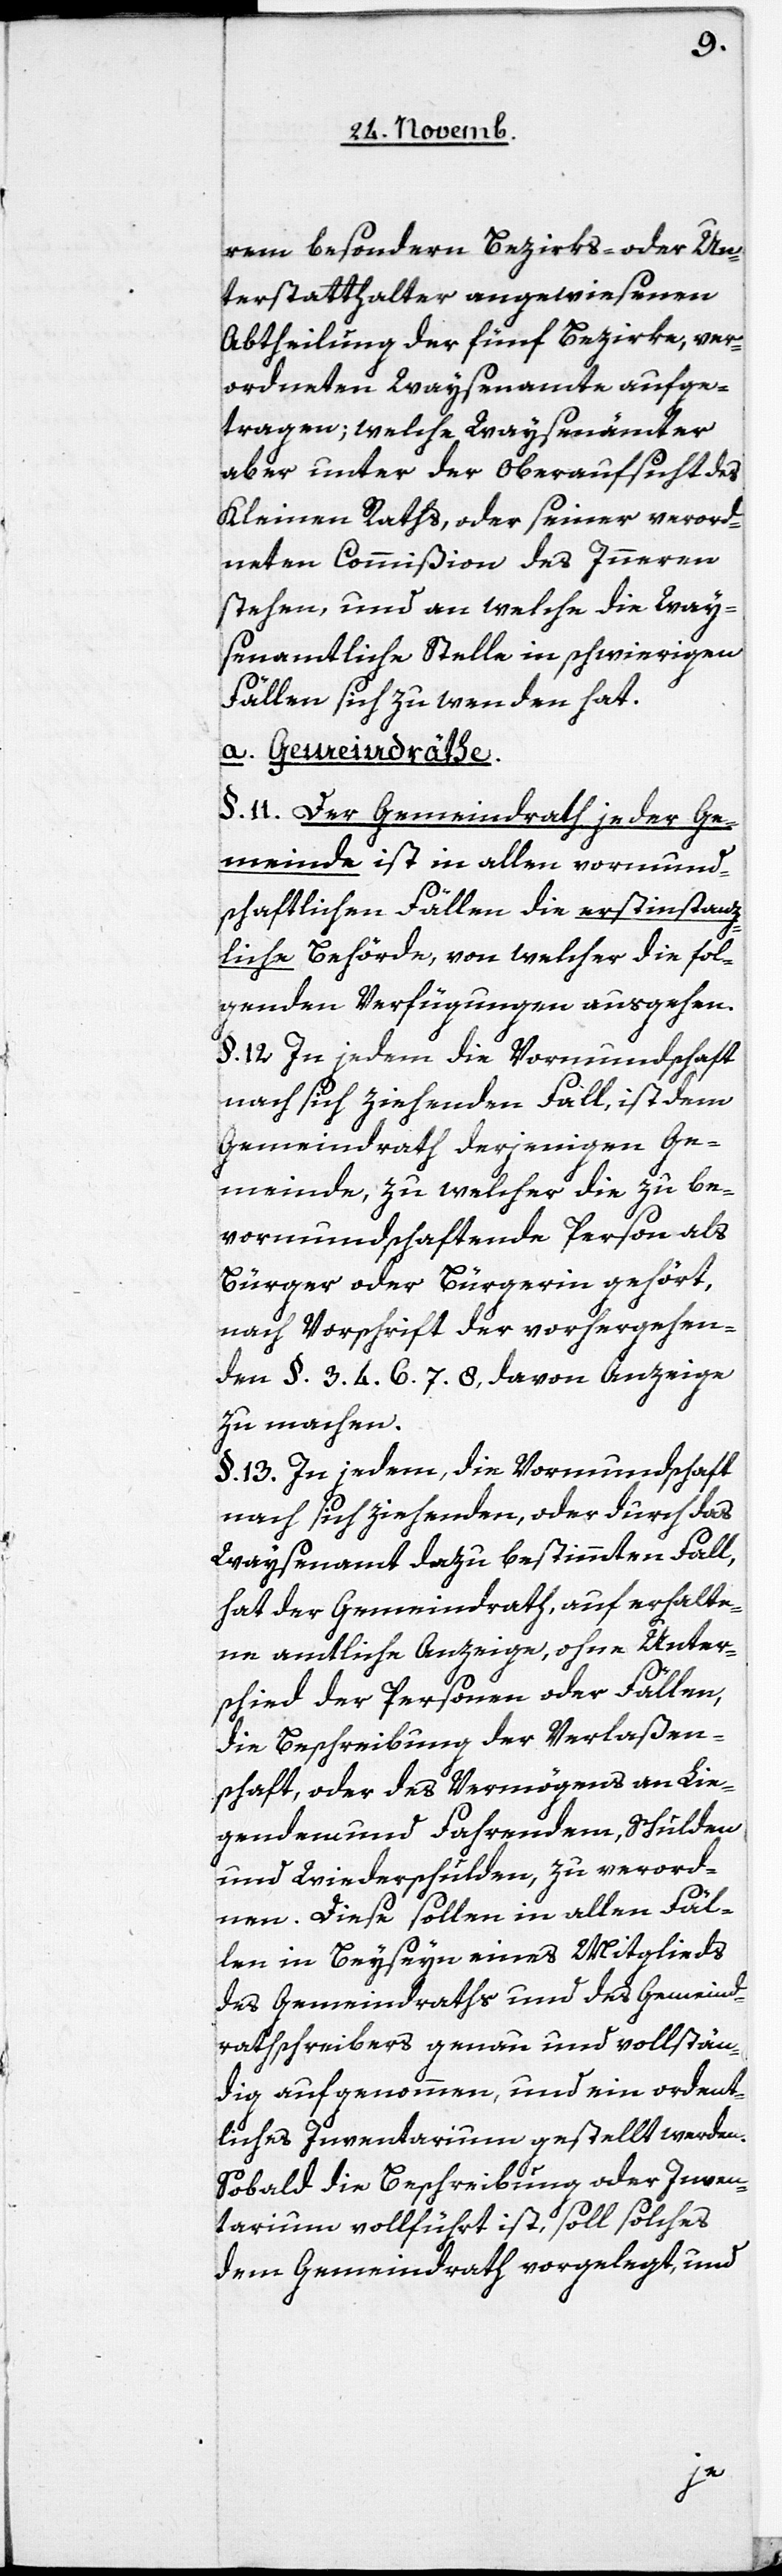
rem besondern Bezirks- oder Un¬
terstatthalter angewiesenen
Abtheilung der fünf Bezirke, ver¬
ordneten Waysenamte aufge¬
tragen; welche Waysenämter
aber unter der Oberaufsicht des
Kleinen Raths, oder seiner verord¬
neten Commißion des Inneren
stehen, und an welche die Way¬
senamtliche Stelle in schwierigen
Fällen sich zu wenden hat.
a. Gemeindräthe.
§. 11. Der Gemeindrath jeder Ge¬
meinde ist in allen vormund¬
schaftlichen Fällen die erstinstanz¬
liche Behörde, von welcher die fol¬
genden Verfügungen ausgehen.
§. 12. In jedem die Vormundschaft
nach sich ziehenden Fall, ist dem
Gemeindrath derjenigen Ge¬
meinde, zu welcher die zu be¬
vormundschaftende Person als
Bürger oder Bürgerin gehört,
nach Vorschrift der vorhergehen¬
zu machen.
§. 13. In jedem, die Vormundschaft
nach sich ziehenden, oder durch das
Waysenamt dazu bestimmten Fall,
hat der Gemeindrath, auf erhalte¬
ne amtliche Anzeige, ohne Unter¬
schied der Personen oder Fällen,
die Beschreibung der Verlaßen¬
schaft, oder des Vermögens an Lie¬
gendem und Fahrendem, Schulden
und Widerschulden, zu verord¬
nen. Diese sollen in allen Fäl¬
len in Beyseyn eines Mitglieds
des Gemeindraths und des Gemeind¬
rathsschreibers genau und vollstän¬
dig aufgenohmen, und ein ordent¬
liches Inventarium gestellt werden.
Sobald die Beschreibung oder Inven¬
tarium vollführt ist, soll solches
dem Gemeindrath vorgelegt, und
den